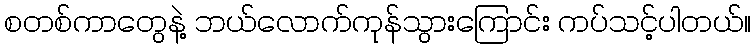
စတစ်ကာတွေနဲ့ ဘယ်လောက်ကုန်သွားကြောင်း ကပ်သင့်ပါတယ်။